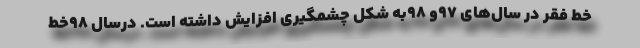
خط فقر در سال‌های 97و 98به شکل چشمگیری افزایش داشته است. درسال 98خط